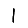
Digit: 1